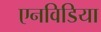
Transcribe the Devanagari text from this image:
एनविडिया